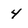
Character: 4